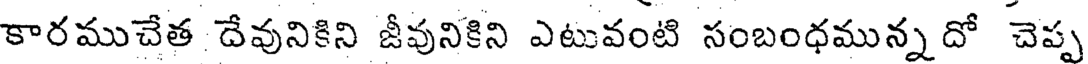
కారముచేత దేవునికిని జీవునికిని ఎటువంటి సంబంధమున్న దో చెప్ప